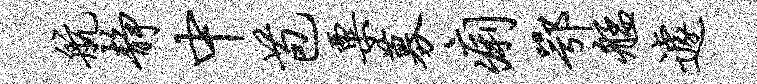
航静中苞粟募痢鄂艋遽